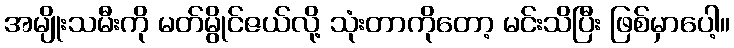
အမျိုးသမီးကို မတ်မွိုင်ဇယ်လို့ သုံးတာကိုတော့ မင်းသိပြီး ဖြစ်မှာပေါ့။